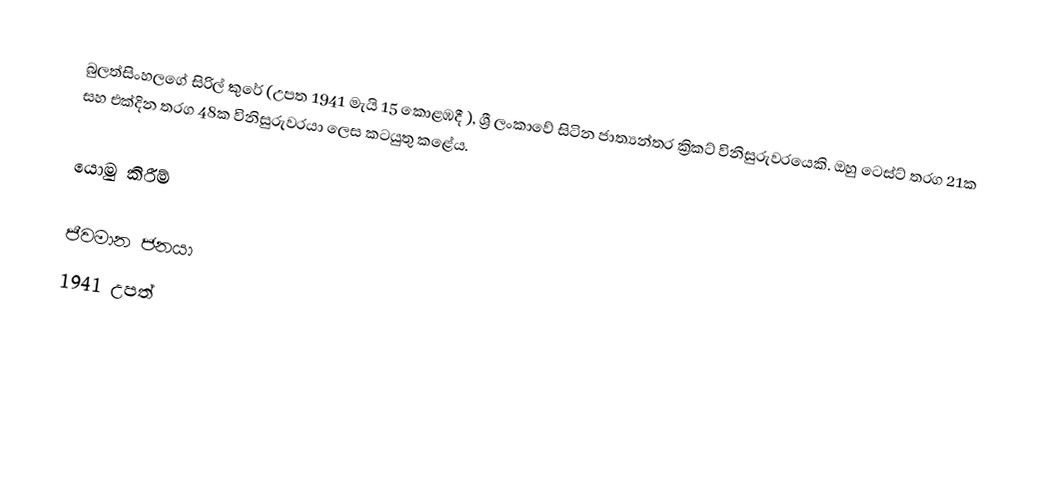
බුලත්සිංහලගේ සිරිල් කුරේ (උපත 1941 මැයි 15 කොළඹදී ), ශ්‍රී ලංකාවේ සිටින ජාත්‍යන්තර ක්‍රිකට් විනිසුරුවරයෙකි. ඔහු ටෙස්ට් තරග 21ක සහ එක්දින තරග 48ක විනිසුරුවරයා ලෙස කටයුතු කළේය.

යොමු කිරීම්

ජීවමාන ජනයා
1941 උපත්